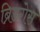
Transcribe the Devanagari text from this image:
ब्रिडगेस